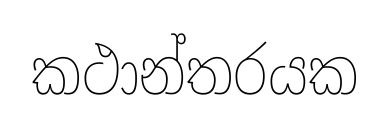
කථාන්තරයක